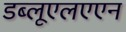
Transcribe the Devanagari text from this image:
डब्लूएलएएन